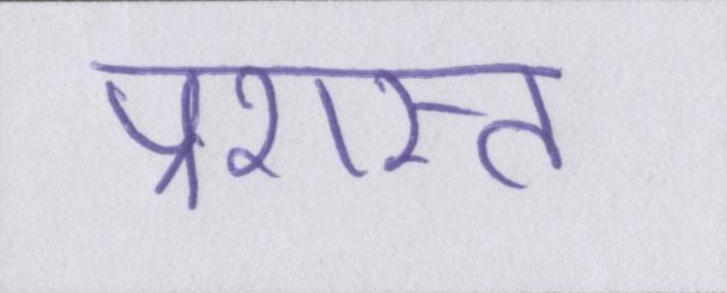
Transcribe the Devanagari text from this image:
प्रशस्त